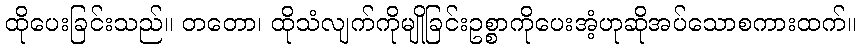
ထိုပေးခြင်းသည်။ တတော၊ ထိုသံလျက်ကိုမျိုခြင်းဥစ္စာကိုပေးအံ့ဟုဆိုအပ်သောစကားထက်။